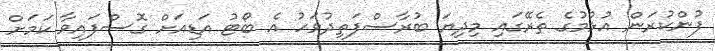
ފުންކުރަން އުޅުމުގެ ތެރޭގައި މިދިޔަ ބުރާސްފަތިދުވަހު އެ ބޯޓު އަޑިއަށް ގޮސްފައިވާ ކަމަށް